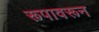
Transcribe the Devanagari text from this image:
रूपावरून